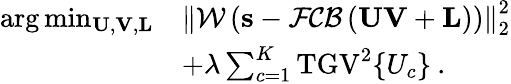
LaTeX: \begin{array}{rl}{\arg\operatorname*{min}_{\mathbf{U},\mathbf{V},\mathbf{L}}}&{\left\| \mathcal{W}\left(\mathbf{s}-\mathcal{FCB}\left(\mathbf{U}\mathbf{V}+\mathbf{L}\right)\right)\right\| _{2}^{2}}\\ &{+\lambda\sum_{c=1}^{K}\mathrm{TGV}^{2}\{ U_{c}\} \: .}\end{array}